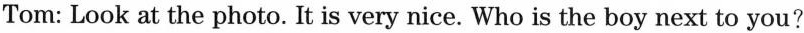
Tom: Look at the photo. It is very nice. Who is the boy next to you?